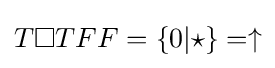
T\square TFF=\{0|\star \}=\uparrow